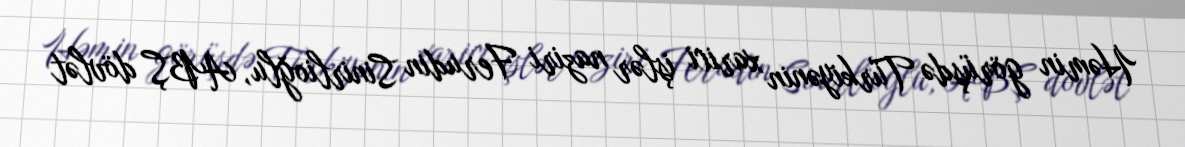
Həmin görüşdə Türkiyənin xarici işlər naziri Ferudin Sinirlioğlu, ABŞ dövlət